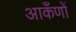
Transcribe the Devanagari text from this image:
आकँणों